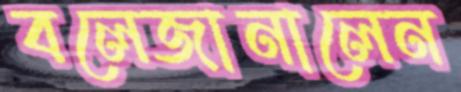
বলেজানালেন